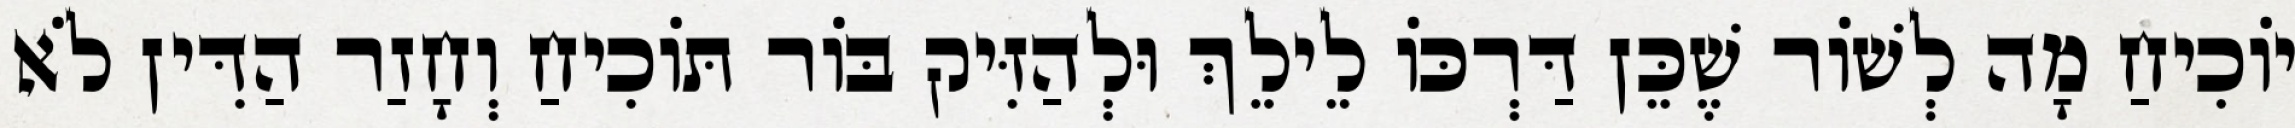
יוֹכִיחַ מָה לְשׁוֹר שֶׁכֵּן דַּרְכּוֹ לֵילֵךְ וּלְהַזִּיק בּוֹר תּוֹכִיחַ וְחָזַר הַדִּין לֹא